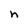
Character: h